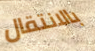
بالانتقال